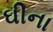
ઘીના